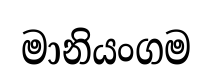
මානියංගම